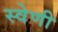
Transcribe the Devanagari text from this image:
स्वेणी